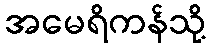
အမေရိကန်သို့